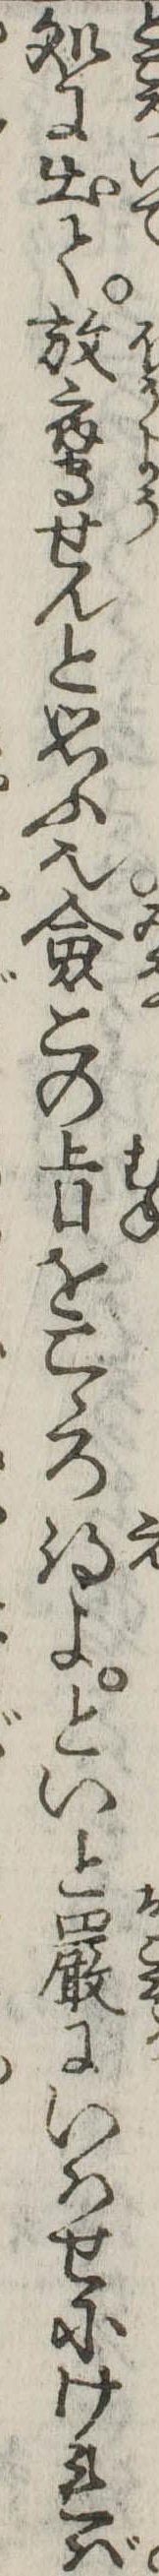
処に出て放鷹せんと思ふ也僉この旨をこゝろ得よといと厳にいはせにければ